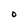
Character: O